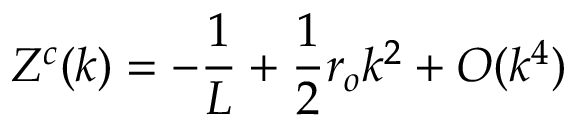
Z ^ { c } ( k ) = - \frac { 1 } { L } + \frac { 1 } { 2 } r _ { o } k ^ { 2 } + O ( k ^ { 4 } )